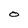
Character: O